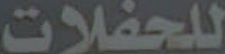
للحفلات